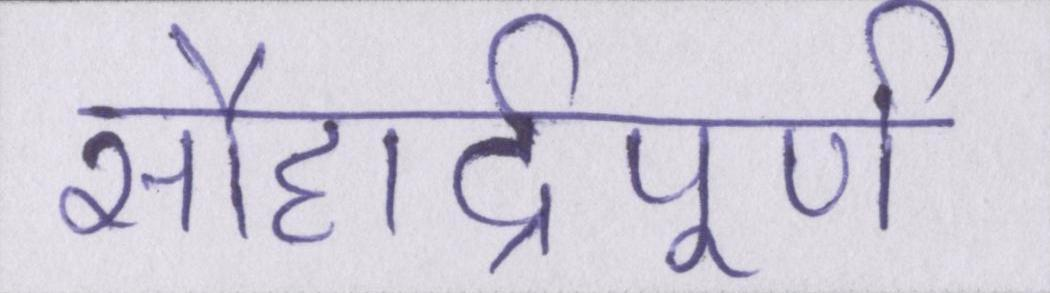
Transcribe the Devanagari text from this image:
सौहार्द्रपूर्ण